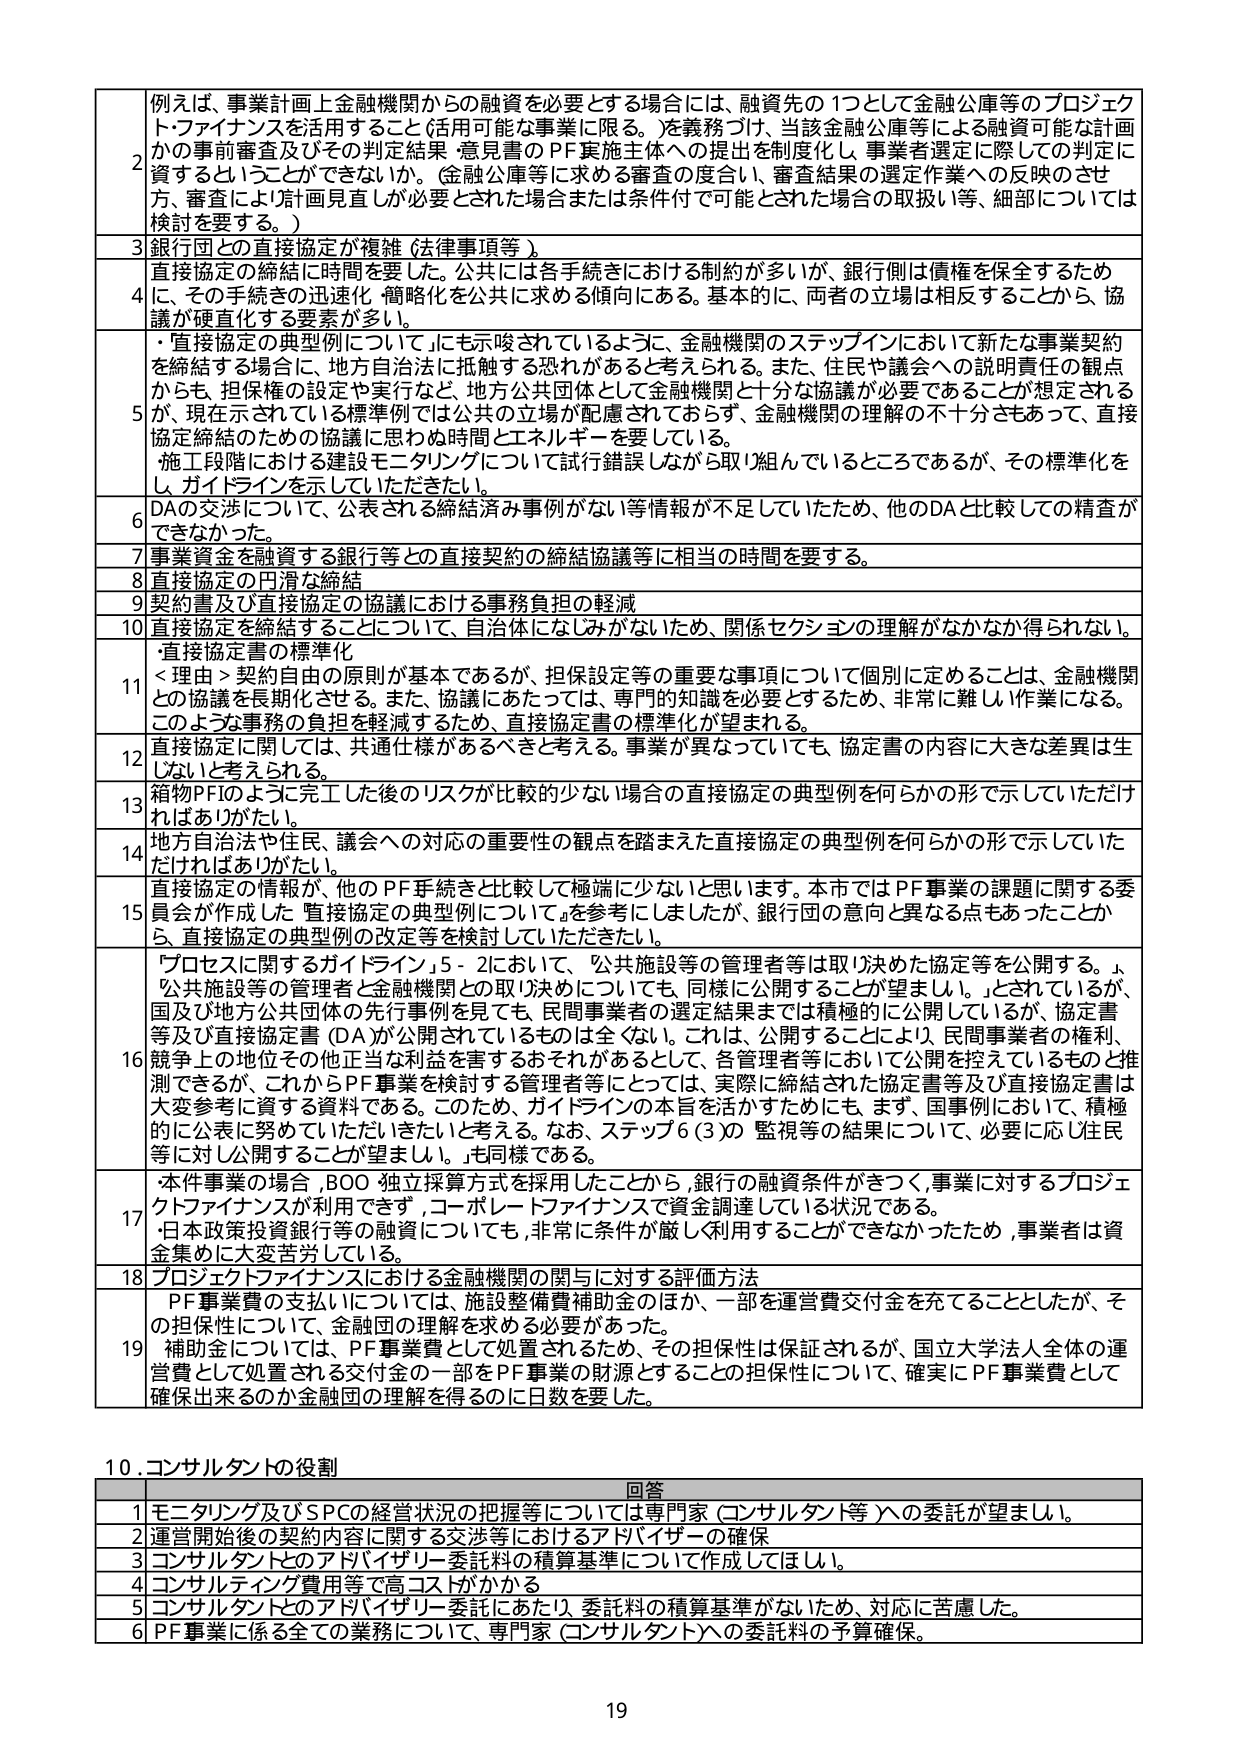
2 例えば、事業計画上金融機関からの融資を必要とする場合には、融資先の1つとして金融公庫等のプロジェクトファイナンスを活用すること（活用可能な事業に限る。）を義務づけ、当該金融公庫等による融資可能な計画かの事前審査及びその判定結果・意見書のPF実施主体への提出を制度化し、事業者選定に際しての判定に資するということができないか。（金融公庫等に求める審査の度合い、審査結果の選定作業への反映のさせ方、審査により「御見直し」が必要とされた場合または条件付で可能とされた場合の取扱い等、細部については検討を要する。）

3 銀行団との直接協定が複雑（法律事項等）

4 直接協定の締結に時間を要した。公共には各手続きにおける制約が多いが、銀行側は債権を保全するため、その手続きの迅速化・簡略化を公共に求める傾向にある。基本的に、両者の立場は相反することから、協議が硬直化する要因が多い。

5 ・「直接協定の典型例について」にも示唆されているように、金融機関のステップインにおいて新たな事業契約を締結する場合に、地方自治法に抵触する恐れがあると考えられる。また、住民や議会への説明責任の観点からも、担保権の設定や実行など、地方公共団体として金融機関と十分な協議が必要であることが想定されるが、現在示されている標準例では公共の立場が配慮されておらず、金融機関の理解の不十分さもあって、直接協定締結のための協議に思わぬ時間とエネルギーを要している。
・施工段階における建設モニタリングについて試行錯誤しながら取り組んでいるところであるが、その標準化をし、ガイドラインを示していただきたい。

6 DAの交渉について、公表される締結済み事例がない等情報が不足していたため、他のDAと比較しての精査ができなかった。

7 事業資金を融資する銀行等との直接契約の締結協議等に相当の時間を要する。

8 直接協定の円滑な締結

9 契約書及び直接協定における事務負担の軽減

10 直接協定を締結することについて、自治体になじみがないため、関係セクションの理解がなかなか得られない。

11 ・直接協定書の標準化
＜理由＞契約自由の原則が基本であるが、担保設定等の重要な事項について個別に定めることは、金融機関との協議を長期化させる。また、協議にあたっては、専門的知識を必要とするため、非常に難しい作業になる。このような事務の負担を軽減するため、直接協定書の標準化が望まれる。

12 直接協定に関しては、共通仕様があるべきと考える。事業が異なっていても、協定書の内容に大きな差異は生じないと考えられる。

13 箱物PFIのように完工した後のリスクが比較的少ない場合の直接協定の典型例を何らかの形で示していただければありがたい。

14 地方自治法や住民、議会への対応の重要性の観点を踏まえた直接協定の典型例を何らかの形で示していただければありがたい。

15 直接協定の情報が、他のPF手続きと比較して極端に少ないと思います。本市ではPF事業の課題に関する委員会が作成した「直接協定の典型例について」を参考にしましたが、銀行団の意向と異なる点もあったことから、直接協定の典型例の改定等を検討していただきたい。

16 「プロセスに関するガイドライン」5-2において、「公共施設等の管理者等は取り決めた協定等を公開する。」、「公共施設等の管理者と金融機関との取り決めについても、同様に公開することが望ましい。」とされているが、国及び地方公共団体の先行事例を見ても、民間事業者の選定結果までは積極的に公開しているが、協定書等及び直接協定書（DA）が公開されているものは全くない。これは、公開することにより、民間事業者の権利、競争上の地位その他正当な利益を害するおそれがあるとして、各管理者等において公開を控えているものと推測できるが、これからPF事業を検討する管理者等にとっては、実際に締結された協定書等及び直接協定書は大変参考に資する資料である。このため、ガイドラインの本旨を活かすためにも、まず、国事例において、積極的に公表に努めていただきたいと考える。なお、ステップ6（3）の監視等の結果について、必要に応じ住民等に対し公開することが望ましい。」も同様である。

17 ・本件事業の場合、BOO独立採算方式を採用したことから、銀行の融資条件がきつく、事業に対するプロジェクトファイナンスが利用できず、コーポレートファイナンスで資金調達している状況である。
・日本政策投資銀行等の融資についても、非常に条件が厳しく利用することができなかったため、事業者は資金集めに大変苦労している。

18 プロジェクトファイナンスにおける金融機関の関与に対する評価方法

19 PF事業費の支払いについては、施設整備費補助金のほか、一部を運営費交付金を充てることとしたが、その担保性について、金融団の理解を求める必要があった。
補助金については、PF事業費として処置されるため、その担保性は保証されるが、国立大学法人全体の運営費として処置される交付金の一部をPF事業の財源とすることの担保性について、確実にPF事業費として確保出来るのか金融団の理解を得るのに日数を要した。

10. コンサルタントの役割

回答
1 モニタリング及びSPCの経営状況の把握等については専門家（コンサルタント等）への委託が望ましい。
2 運営開始後の契約内容に関する交渉等におけるアドバイザーの確保
3 コンサルタントとのアドバイザリー委託料の積算基準について作成してほしい。
4 コンサルティング費用等で高コストがかかる
5 コンサルタントとのアドバイザリー委託にあたり、委託料の積算基準がないため、対応に苦慮した。
6 PF事業に係る全ての業務について、専門家（コンサルタント）への委託料の予算確保。

19